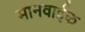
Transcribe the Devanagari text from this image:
मानवाईक